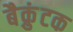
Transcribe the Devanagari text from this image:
बैक्रुंटक